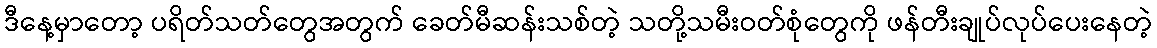
ဒီနေ့မှာတော့ ပရိတ်သတ်တွေအတွက် ခေတ်မီဆန်းသစ်တဲ့ သတို့သမီးဝတ်စုံတွေကို ဖန်တီးချုပ်လုပ်ပေးနေတဲ့